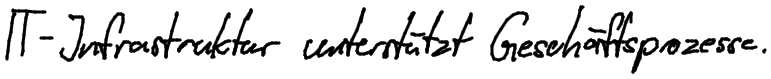
IT-Infrastruktur unterstützt Geschäftsprozesse.